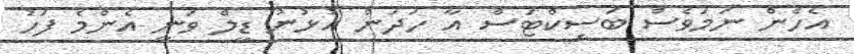
އެހެން ނަމަވެސް ބަސިކްޓަސް އާ ހަދަން އުޅުނު ޑީލް ވަނީ އެންމެ ފަހު